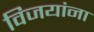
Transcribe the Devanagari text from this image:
विजयांना